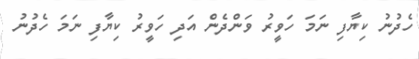
ހެދުނު ކިޔާފި ނަމަ ހަވީރު ވަންދެން އަދި ހަވީރު ކިޔާފި ނަމަ ހެދުނު